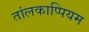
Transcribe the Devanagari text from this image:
तांलकाप्पियम